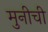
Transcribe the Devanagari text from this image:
मुनीची